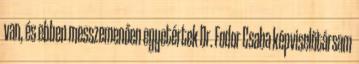
van, és ebben messzemenően egyetértek Dr. Fodor Csaba képviselőtársam